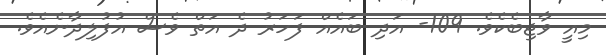
މިއީ ވާޖިބެކެވެ. 109- އަދި ބައެއް ފަހަރު ދެ އަތް ވެސް އުފުލިދާނެއެވެ.